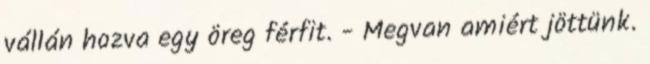
vállán hozva egy öreg férfit. - Megvan amiért jöttünk.